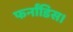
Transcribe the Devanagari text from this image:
फर्नांडिस।